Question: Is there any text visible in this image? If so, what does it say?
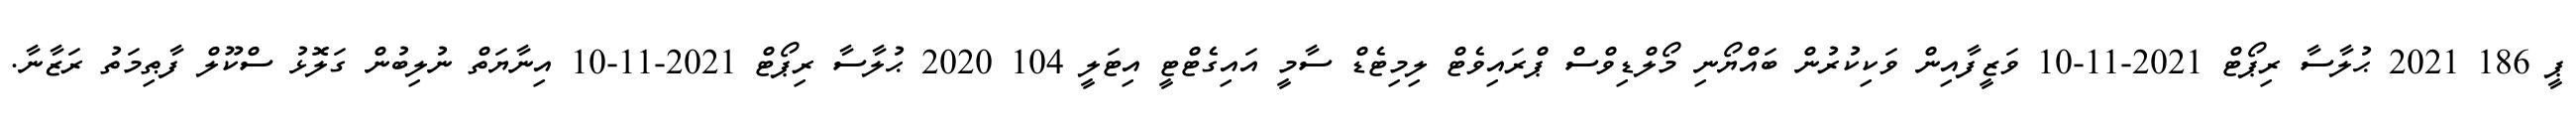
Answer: ޕީ 186 2021 ޙުލާސާ ރިޕޯޓް 2021-11-10 ވަޒީފާއިން ވަކިކުރުން ބައްޔޯނި މޯލްޑިވްސް ޕްރައިވެޓް ލިމިޓެޑް ސާމީ އައިގެޓްޓީ އިޓަލީ 104 2020 ޙުލާސާ ރިޕޯޓް 2021-11-10 އިނާޔަތް ނުލިބުން ގަލޮޅު ސްކޫލް ފާޠިމަތު ރަޒާނާ.